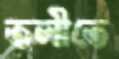
তলীতে